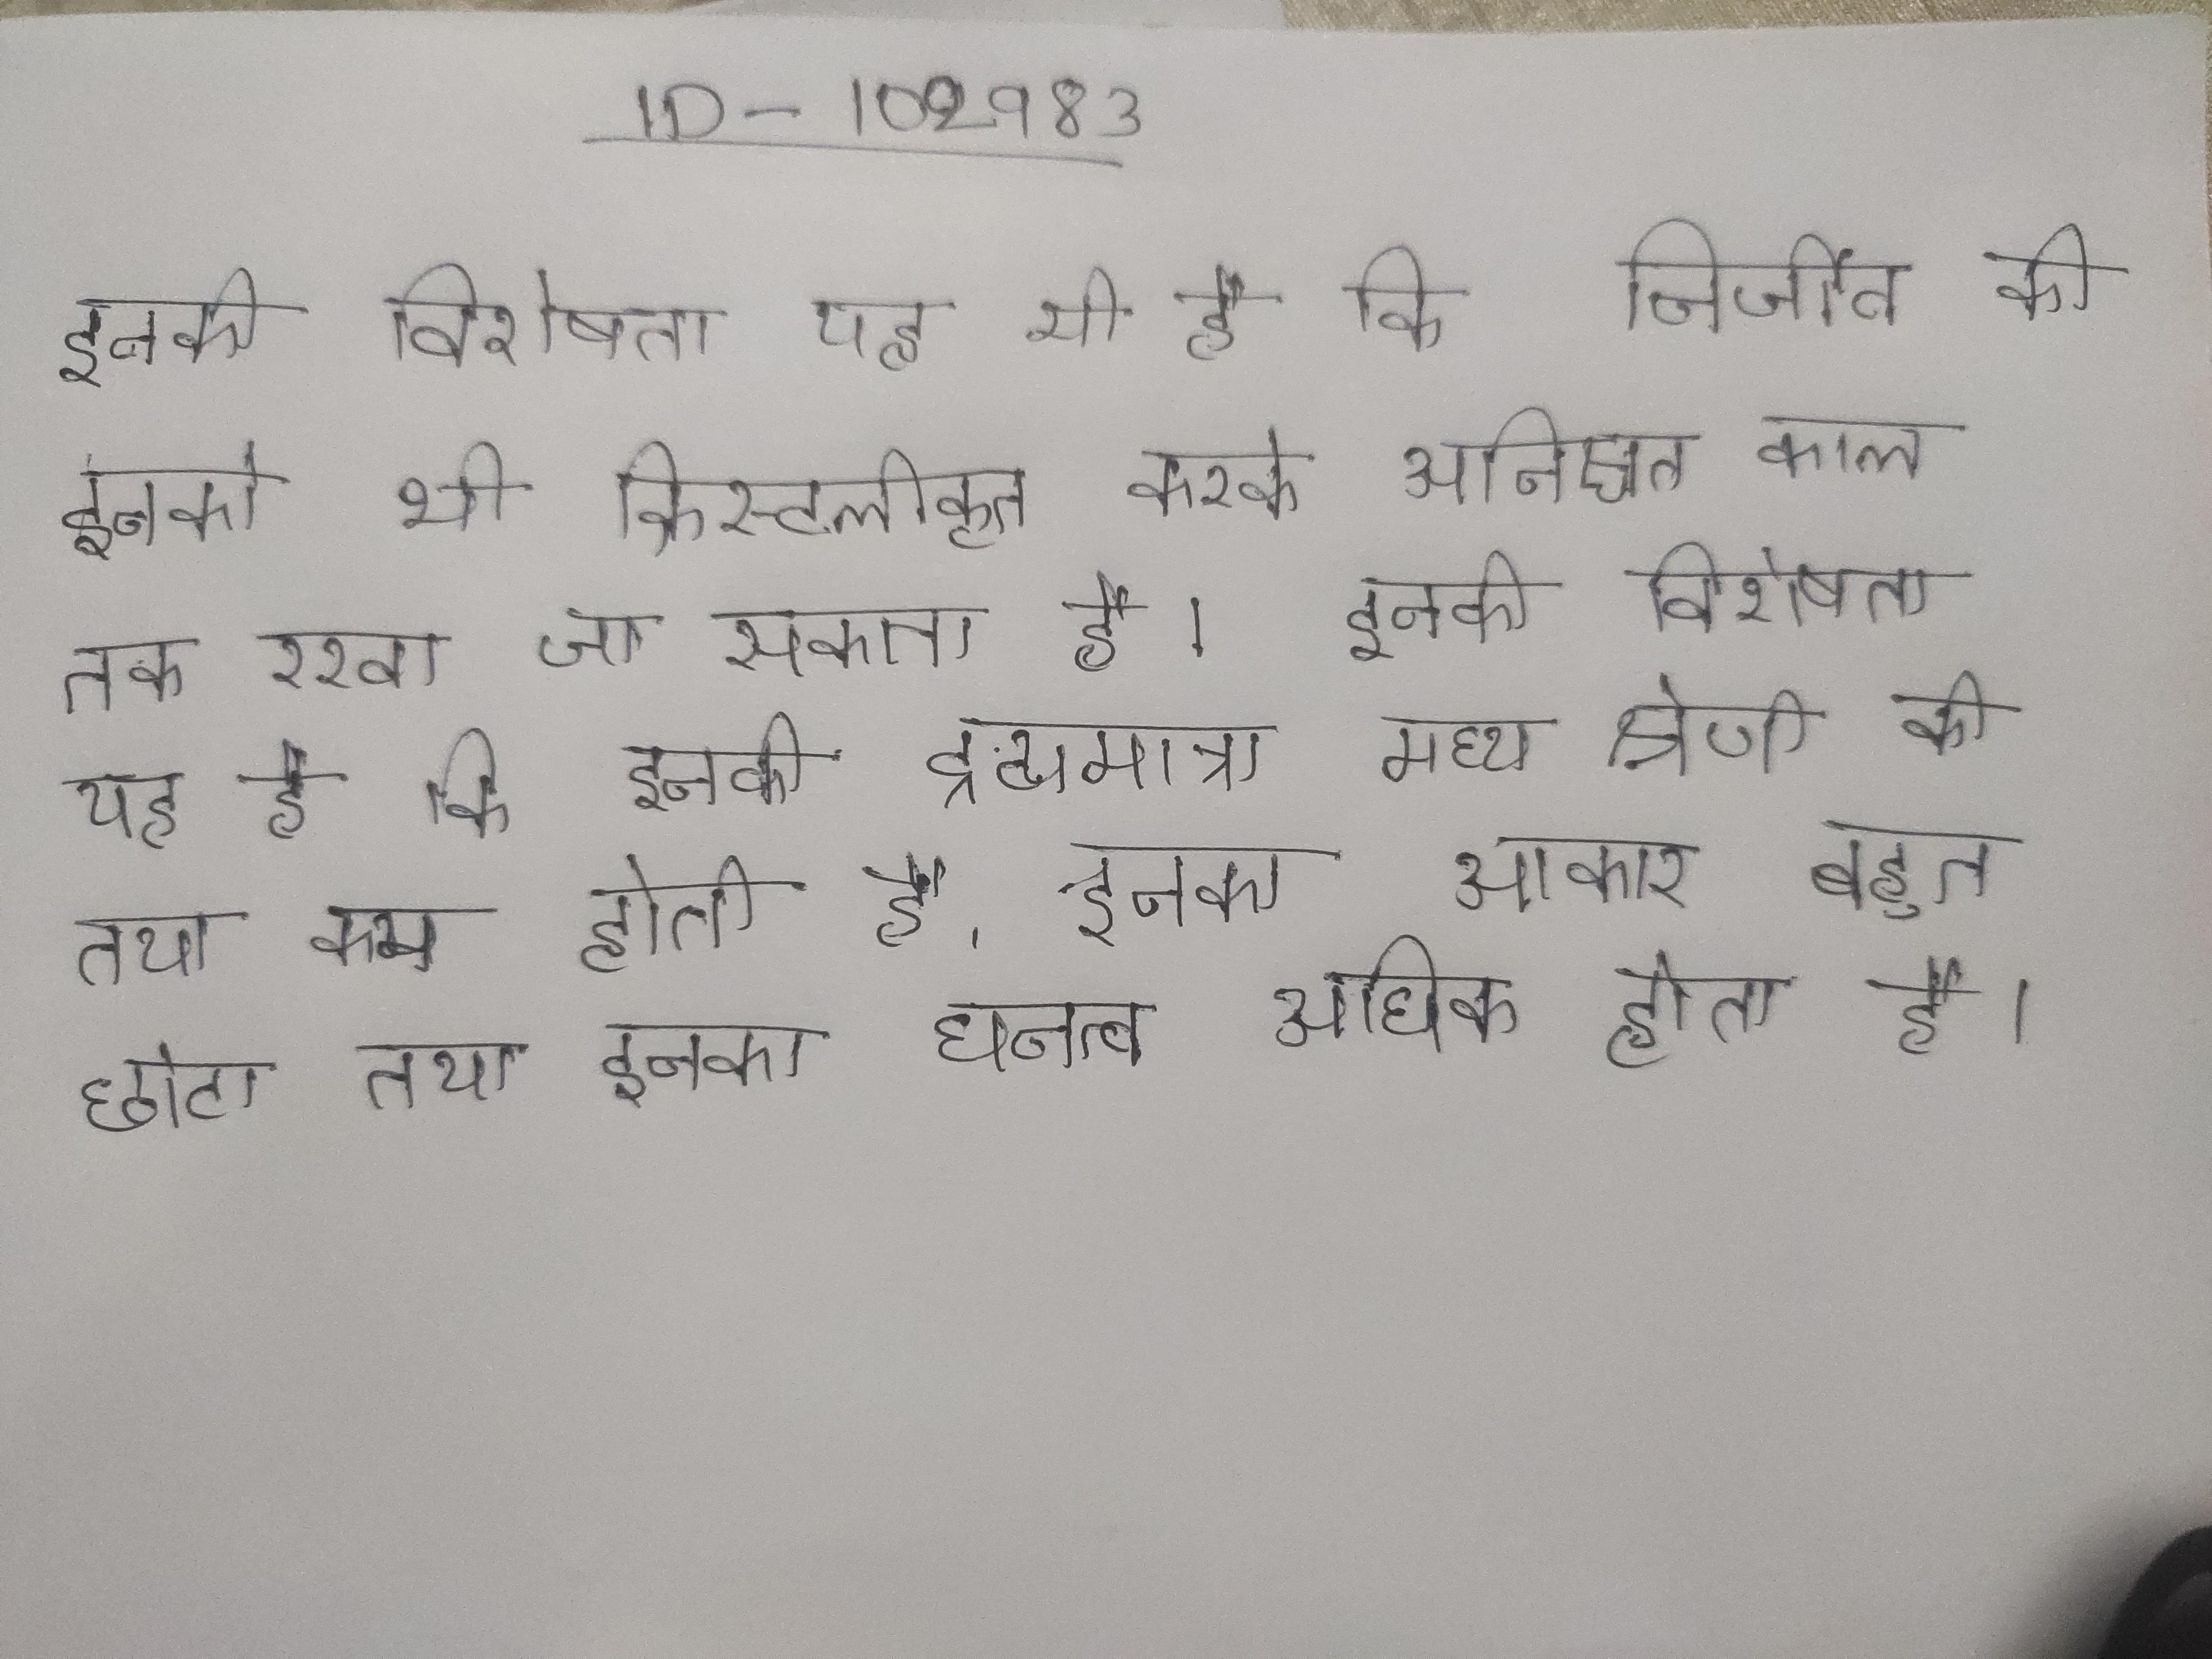
इनकी विशेषता यह भी है कि निर्जीव की इनको भी क्रिस्टलीकृत करके अनिश्चित काल तक रखा जा सकता है । इनकी विशेषता यह है कि इनकी द्रव्यमात्रा मध्य श्रेणी की तथा कम होती है, इनका आकार बहुत छोटा तथा इनका घनत्व अधिक होता है ।